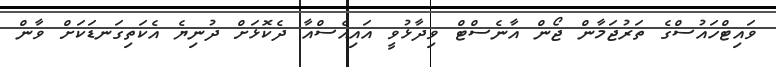
ވައިޓްހައުސްގެ ތަރުޖަމާން ޖޯން އާނެސްޓް ވިދާޅުވީ އައިއެސްއާ ދެކޮޅަށް ދުނިޔެ އެކަތިގަނޑަކަށް ވާން